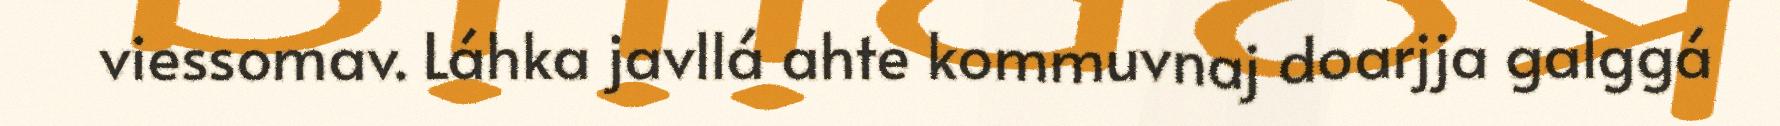
viessomav. Láhka javllá ahte kommuvnaj doarjja galggá